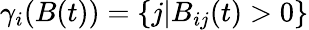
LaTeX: \gamma_{i}(B(t))=\{ j|B_{ij}(t)>0\}